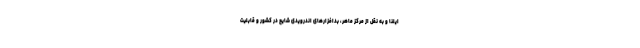
ایلنا و به نقل از مرکز ماهر، بدافزارهای اندرویدی شایع در کشور و قابلیت